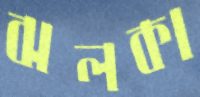
ঝলকা